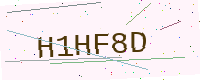
Text: H1HF8D